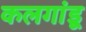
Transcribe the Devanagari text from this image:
कलगांडू